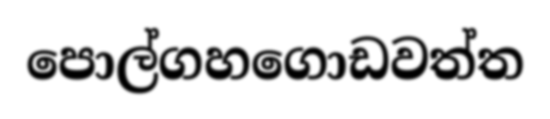
පොල්ගහගොඩවත්ත